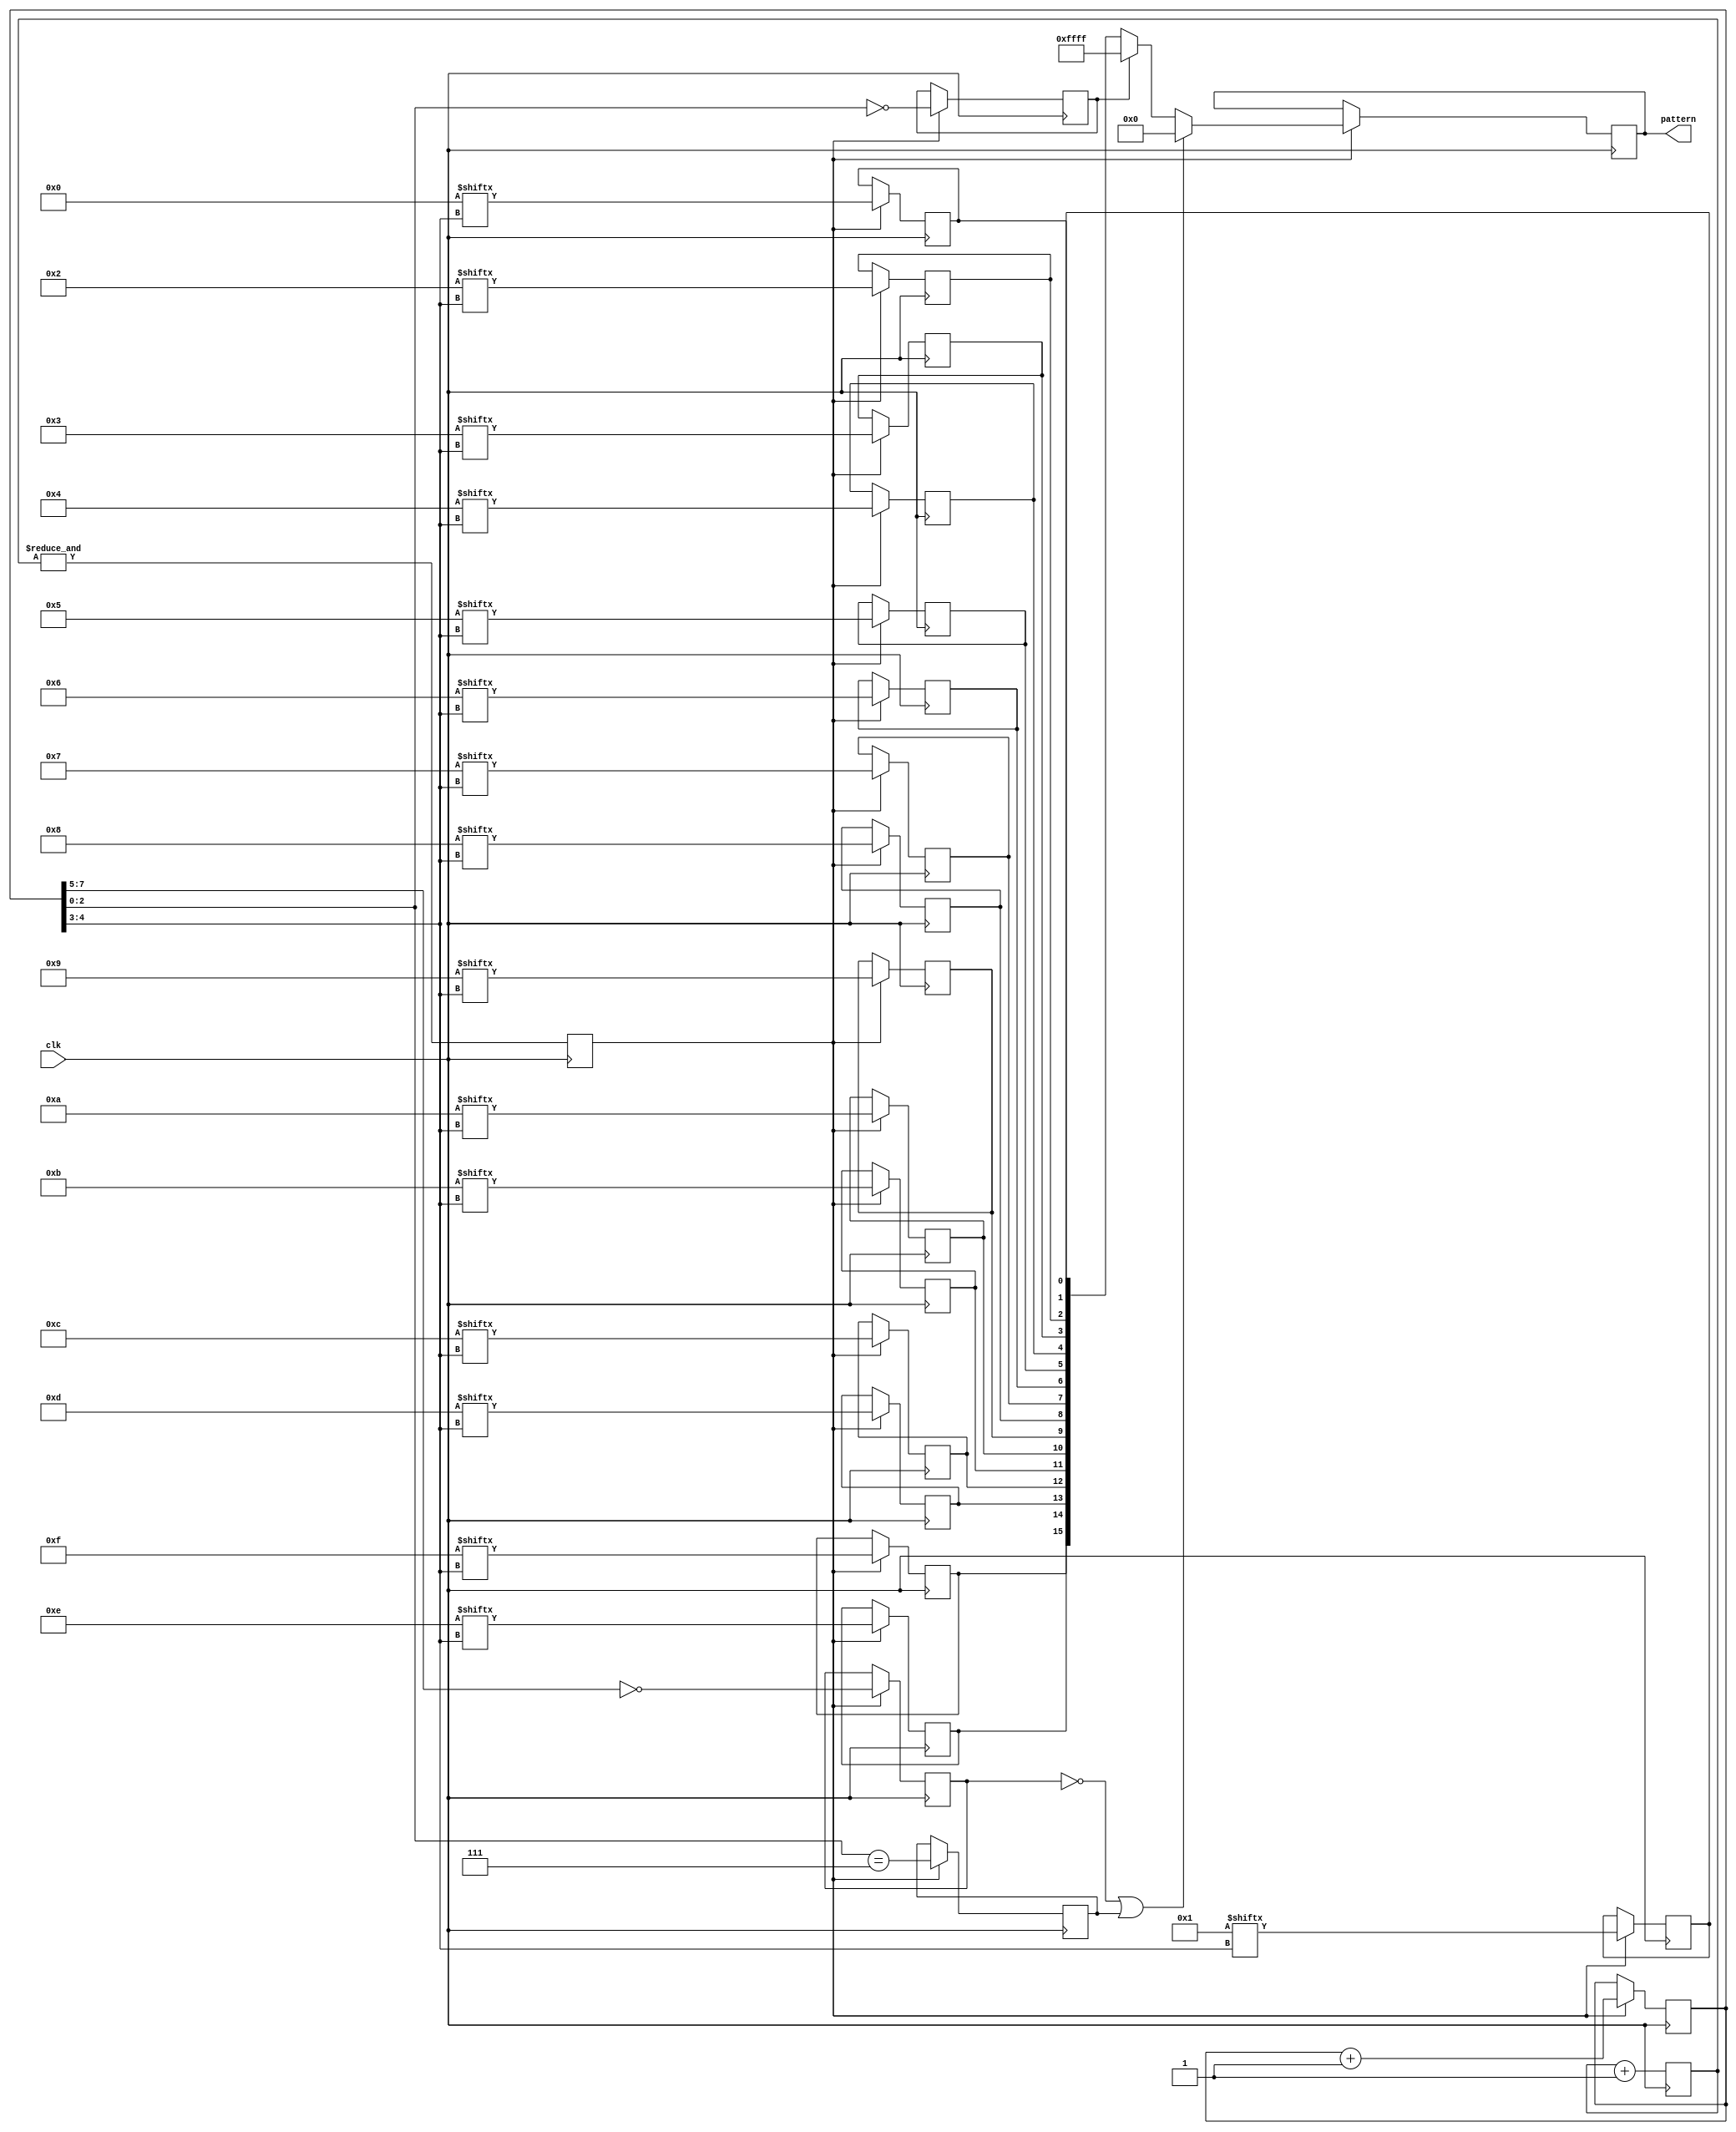
// Create a helpful test pattern to identify output pins

// Attach each bit from the "pattern" output port to an output pin;
// you can then visually identify pins by looking at the trace with
// an oscilloscope.
module visible(
	input clk,
	output [15:0] pattern
);

// Get down to a reasonable rate for 'scope probes
// div==6 yields 1.28 us granularity when running from 50 MHz local bus clock.
parameter div = 6;
reg [div-1:0] pre_cnt=0;
reg tick=0;
always @(posedge clk) begin
	pre_cnt <= pre_cnt+1;
	tick <= &pre_cnt;
end

// Count, and start decoding it
reg [7:0] count=0;
reg in_block=0, start_bit=0, stop_bit=0;
always @(posedge clk) if (tick) begin
	count <= count+1;
	in_block <= count[7:5]==0;
	start_bit <= count[2:0]==0;
	stop_bit <= count[2:0]==7;
end

// Key stanza to create all the serial streams
reg [15:0] pat_bits=0;
genvar ix;
generate for (ix=0; ix<16; ix=ix+1) begin
	wire [3:0] ixx = ix;
	always @(posedge clk) if (tick) pat_bits[ix] <= ixx[count[4:3]];
end endgenerate

// Put it all together
reg [15:0] result=0;
always @(posedge clk) if (tick) begin
	result <= (~in_block | stop_bit) ? 16'h0000 : start_bit ? 16'hffff : pat_bits;
end
assign pattern=result;

endmodule